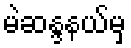
မဲဆန္ဒနယ်မှ